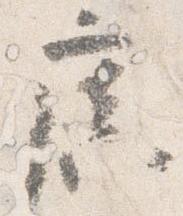
広